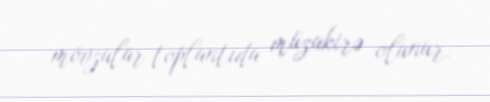
mövzular toplantıda müzakirə olunur.